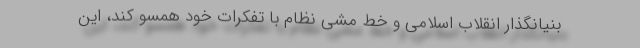
بنیانگذار انقلاب اسلامی و خط مشی نظام با تفکرات خود همسو کند، این